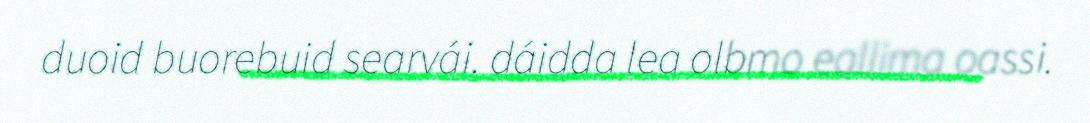
duoid buorebuid searvái. dáidda lea olbmo eallima oassi.